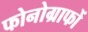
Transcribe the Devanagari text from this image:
फोनोग्राफों